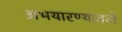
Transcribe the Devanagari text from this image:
अभयारण्यातले